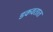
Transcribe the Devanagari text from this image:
डकवतात